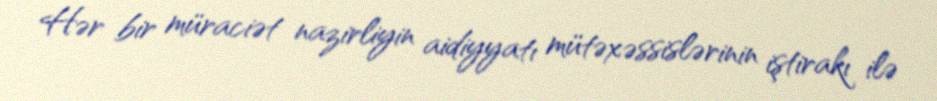
Hər bir müraciət nazirliyin aidiyyatı mütəxəssislərinin iştirakı ilə